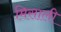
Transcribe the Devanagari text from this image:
मिसाली